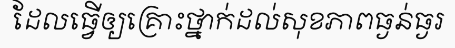
ដែលធ្វើឲ្យគ្រោះថ្នាក់ដល់សុខភាពធ្ងន់ធ្ងរ